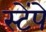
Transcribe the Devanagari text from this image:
स्टेंपे